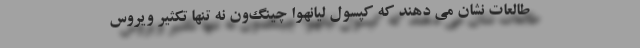
طالعات نشان می دهند که کپسول لیانهوا چینگ‌ون نه تنها تکثیر ویروس